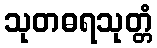
သုတဓရသုတ္တံ